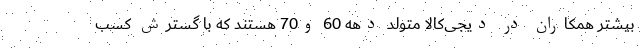
بیشتر همکاران در دیجی‌کالا متولد دهه 60 و70 هستند که با گسترش کسب